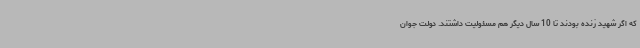
که اگر شهید زنده بودند تا 10 سال دیگر هم مسئولیت داشتند. دولت جوان